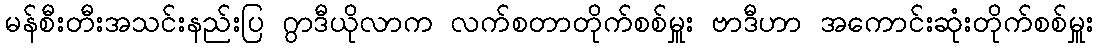
မန်စီးတီးအသင်းနည်းပြ ဂွာဒီယိုလာက လက်စတာတိုက်စစ်မှူး ဗာဒီဟာ အကောင်းဆုံးတိုက်စစ်မှူး